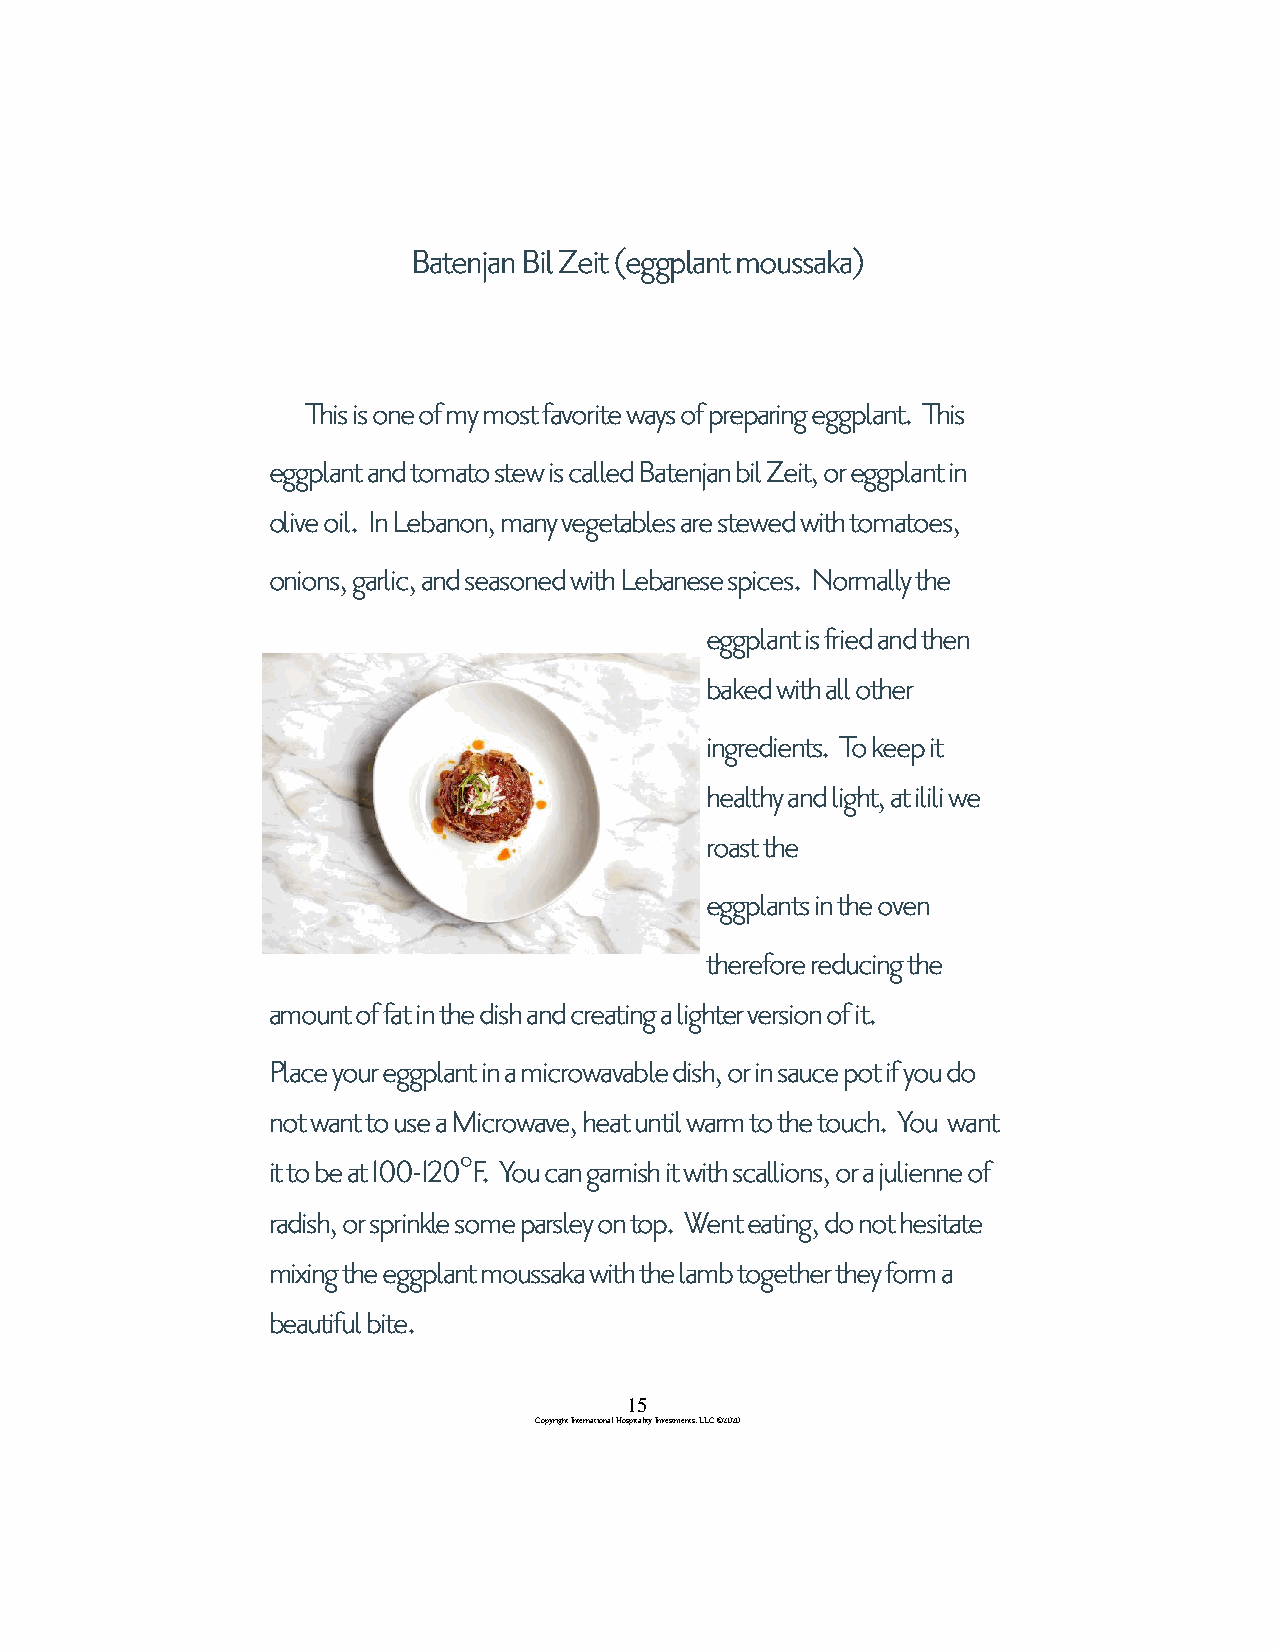
Batenjan Bil Zeit (eggplant moussaka)
 This is one of my most favorite ways of preparing eggplant. This
 eggplant and tomato stew is called Batenjan bil Zeit, or eggplant in
 olive oil. In Lebanon, many vegetables are stewed with tomatoes,
 onions, garlic, and seasoned with Lebanese spices. Normally the
 eggplant is fried and then
 baked with all other
 ingredients. To keep it
 healthy and light, at ilili we
 roast the
 eggplants in the oven
 therefore reducing the
 amount of fat in the dish and creating a lighter version of it.
 Place your eggplant in a microwavable dish, or in sauce pot if you do
 not want to use a Microwave, heat until warm to the touch. You want
 it to be at 100-120°F. You can garnish it with scallions, or a julienne of
 radish, or sprinkle some parsley on top. Went eating, do not hesitate
 mixing the eggplant moussaka with the lamb together they form a
 beautiful bite.
 15
 Copyright International Hospitality Investments, LLC ©2020